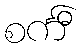
စင်္ကီ